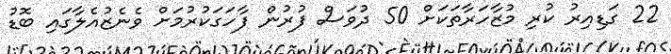
22 ގަޑިއިރު ކުރި މުޒާހަރާތަކަށް 50 ދުވަސް ފުރުން ފާހަގަކުރުމަށް ވެނެޒުއެލާގައި ބޮޑު